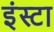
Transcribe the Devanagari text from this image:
इंस्टा